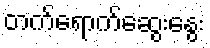
တက်ရောက်ဆွေးနွေး